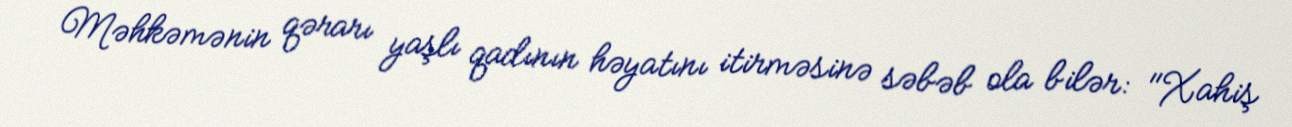
Məhkəmənin qərarı yaşlı qadının həyatını itirməsinə səbəb ola bilər: "Xahiş